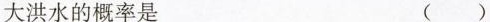
大洪水的概率是 ( )